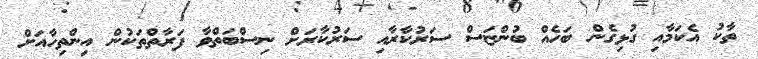
ތާކު އެކަމާއި ގުޅިގެން ބަހެއް ބުންޏަސް ސަރުކާރާއި ސަރުކާރަށް ނިސްބަތްވާ ފަރާތްތަކުން އިންތިހާއަށް